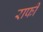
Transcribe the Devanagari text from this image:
राफी